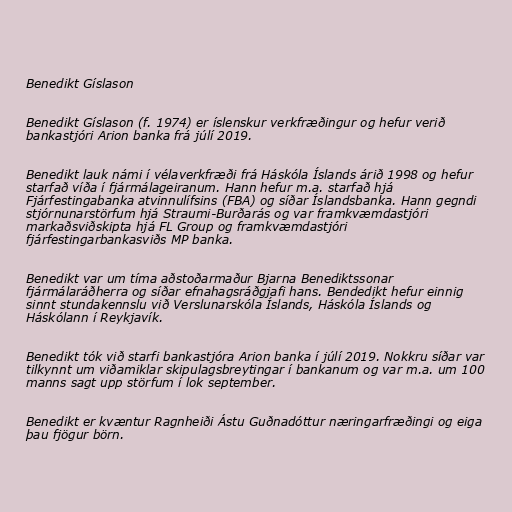
Benedikt Gíslason

Benedikt Gíslason (f. 1974) er íslenskur verkfræðingur og hefur verið
bankastjóri Arion banka frá júlí 2019.

Benedikt lauk námi í vélaverkfræði frá Háskóla Íslands árið 1998 og hefur
starfað víða í fjármálageiranum. Hann hefur m.a. starfað hjá
Fjárfestingabanka atvinnulífsins (FBA) og síðar Íslandsbanka. Hann gegndi
stjórnunarstörfum hjá Straumi-Burðarás og var framkvæmdastjóri
markaðsviðskipta hjá FL Group og framkvæmdastjóri
fjárfestingarbankasviðs MP banka.

Benedikt var um tíma aðstoðarmaður Bjarna Benediktssonar
fjármálaráðherra og síðar efnahagsráðgjafi hans. Bendedikt hefur einnig
sinnt stundakennslu við Verslunarskóla Íslands, Háskóla Íslands og
Háskólann í Reykjavík.

Benedikt tók við starfi bankastjóra Arion banka í júlí 2019. Nokkru síðar var
tilkynnt um viðamiklar skipulagsbreytingar í bankanum og var m.a. um 100
manns sagt upp störfum í lok september.

Benedikt er kvæntur Ragnheiði Ástu Guðnadóttur næringarfræðingi og eiga
þau fjögur börn.